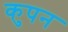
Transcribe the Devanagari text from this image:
कुपन